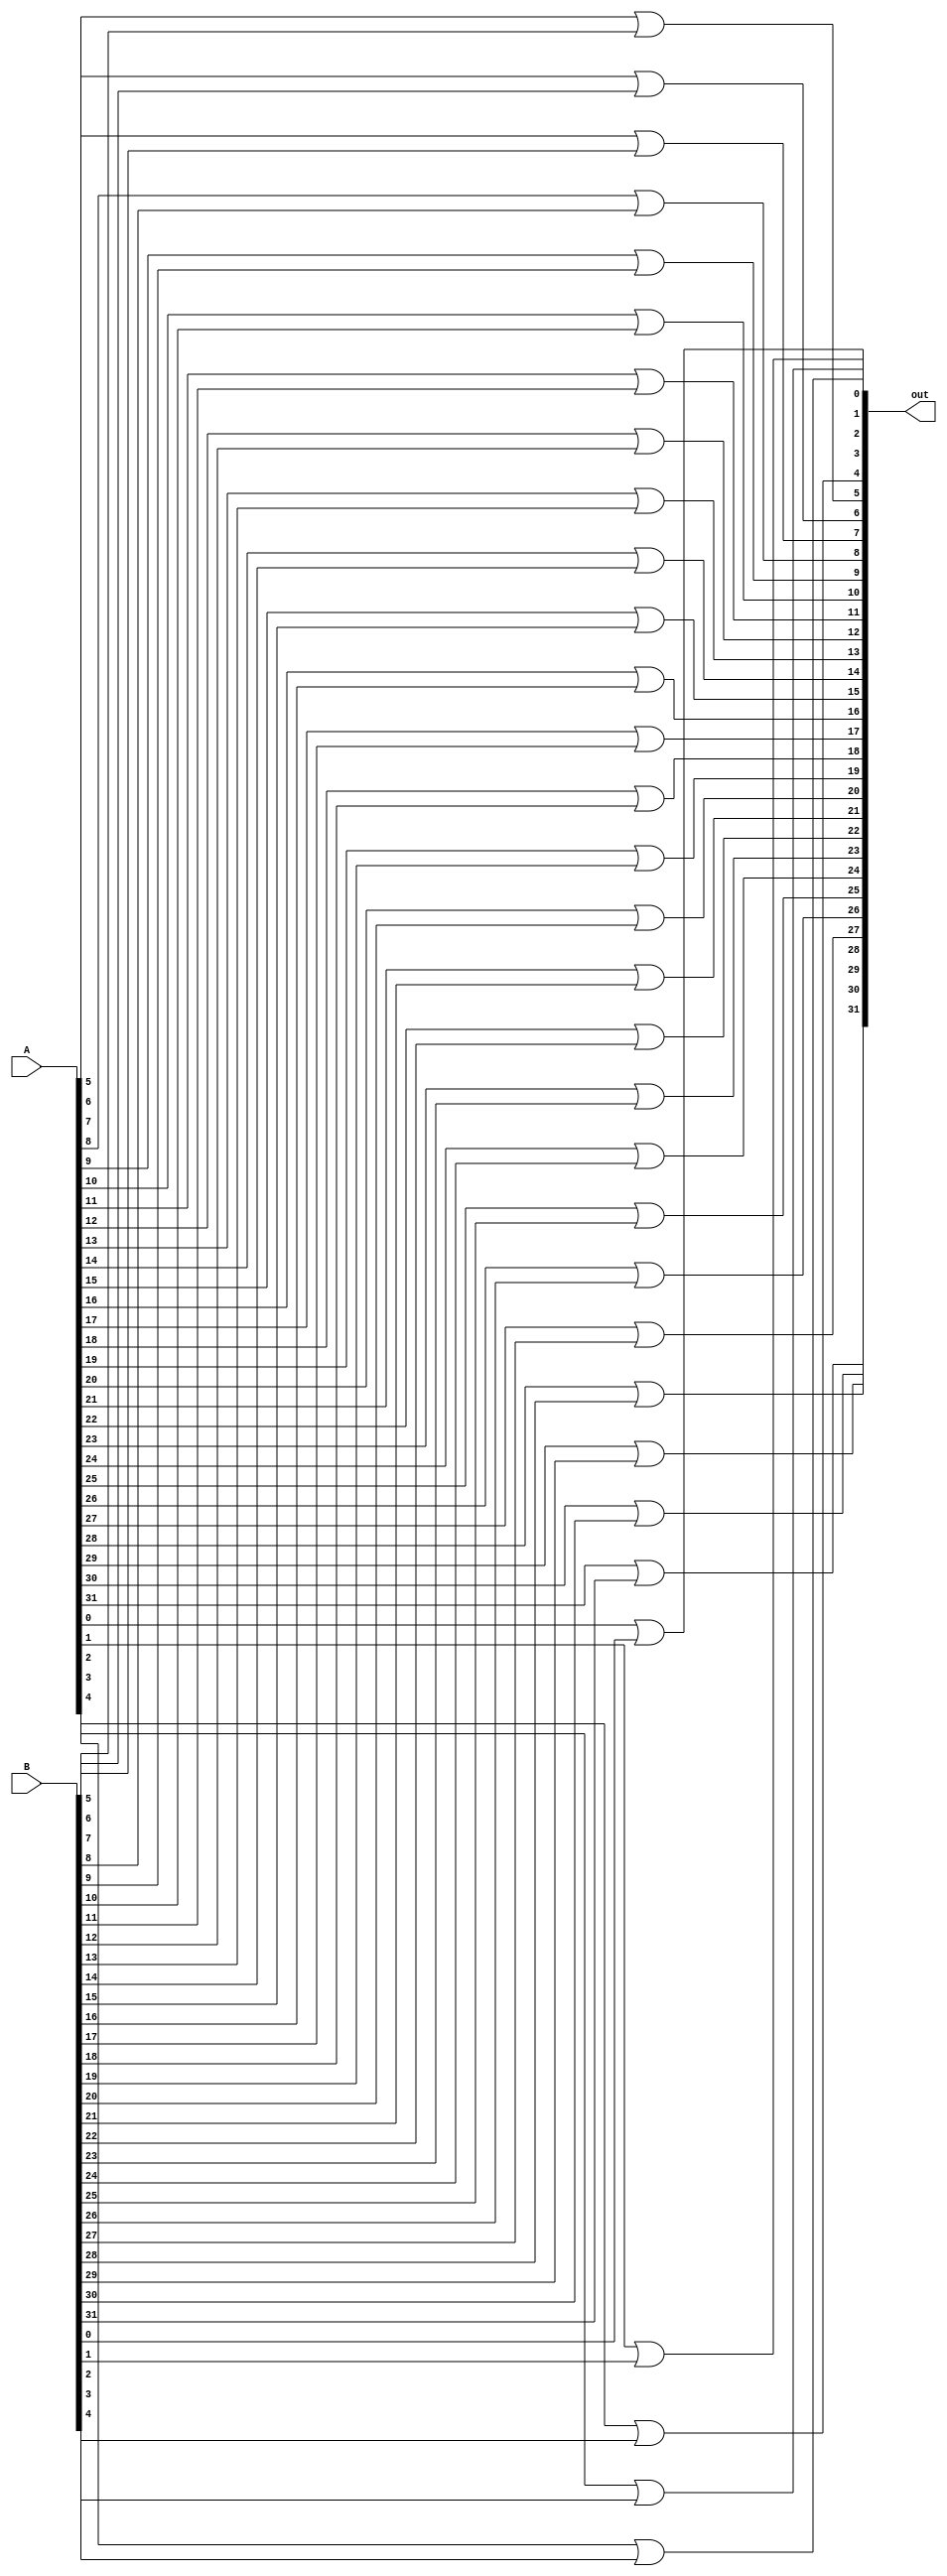
module or_bitwose(out, A, B); 
    output [31:0] out; 
    input [31:0] A, B; 

    or or0(out[0], A[0], B[0]); 
    or or1(out[1], A[1], B[1]); 
    or or2(out[2], A[2], B[2]); 
    or or3(out[3], A[3], B[3]); 
    or or4(out[4], A[4], B[4]); 
    or or5(out[5], A[5], B[5]); 
    or or6(out[6], A[6], B[6]); 
    or or7(out[7], A[7], B[7]); 
    or or8(out[8], A[8], B[8]); 
    or or9(out[9], A[9], B[9]); 
    or or10(out[10], A[10], B[10]); 
    or or11(out[11], A[11], B[11]); 
    or or12(out[12], A[12], B[12]); 
    or or13(out[13], A[13], B[13]); 
    or or14(out[14], A[14], B[14]); 
    or or15(out[15], A[15], B[15]); 
    or or16(out[16], A[16], B[16]); 
    or or17(out[17], A[17], B[17]); 
    or or18(out[18], A[18], B[18]); 
    or or19(out[19], A[19], B[19]); 
    or or20(out[20], A[20], B[20]); 
    or or21(out[21], A[21], B[21]); 
    or or22(out[22], A[22], B[22]); 
    or or23(out[23], A[23], B[23]); 
    or or24(out[24], A[24], B[24]); 
    or or25(out[25], A[25], B[25]); 
    or or26(out[26], A[26], B[26]); 
    or or27(out[27], A[27], B[27]); 
    or or28(out[28], A[28], B[28]); 
    or or29(out[29], A[29], B[29]); 
    or or30(out[30], A[30], B[30]); 
    or or31(out[31], A[31], B[31]); 

endmodule